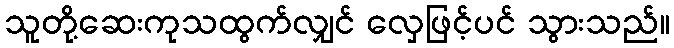
သူတို့ဆေးကုသထွက်လျှင် လှေဖြင့်ပင် သွားသည်။